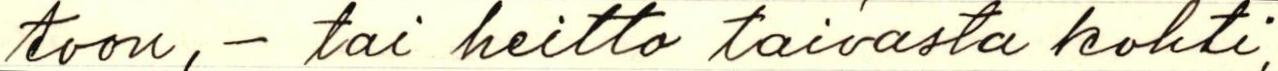
toon, - tai heitto taivasta kohti,